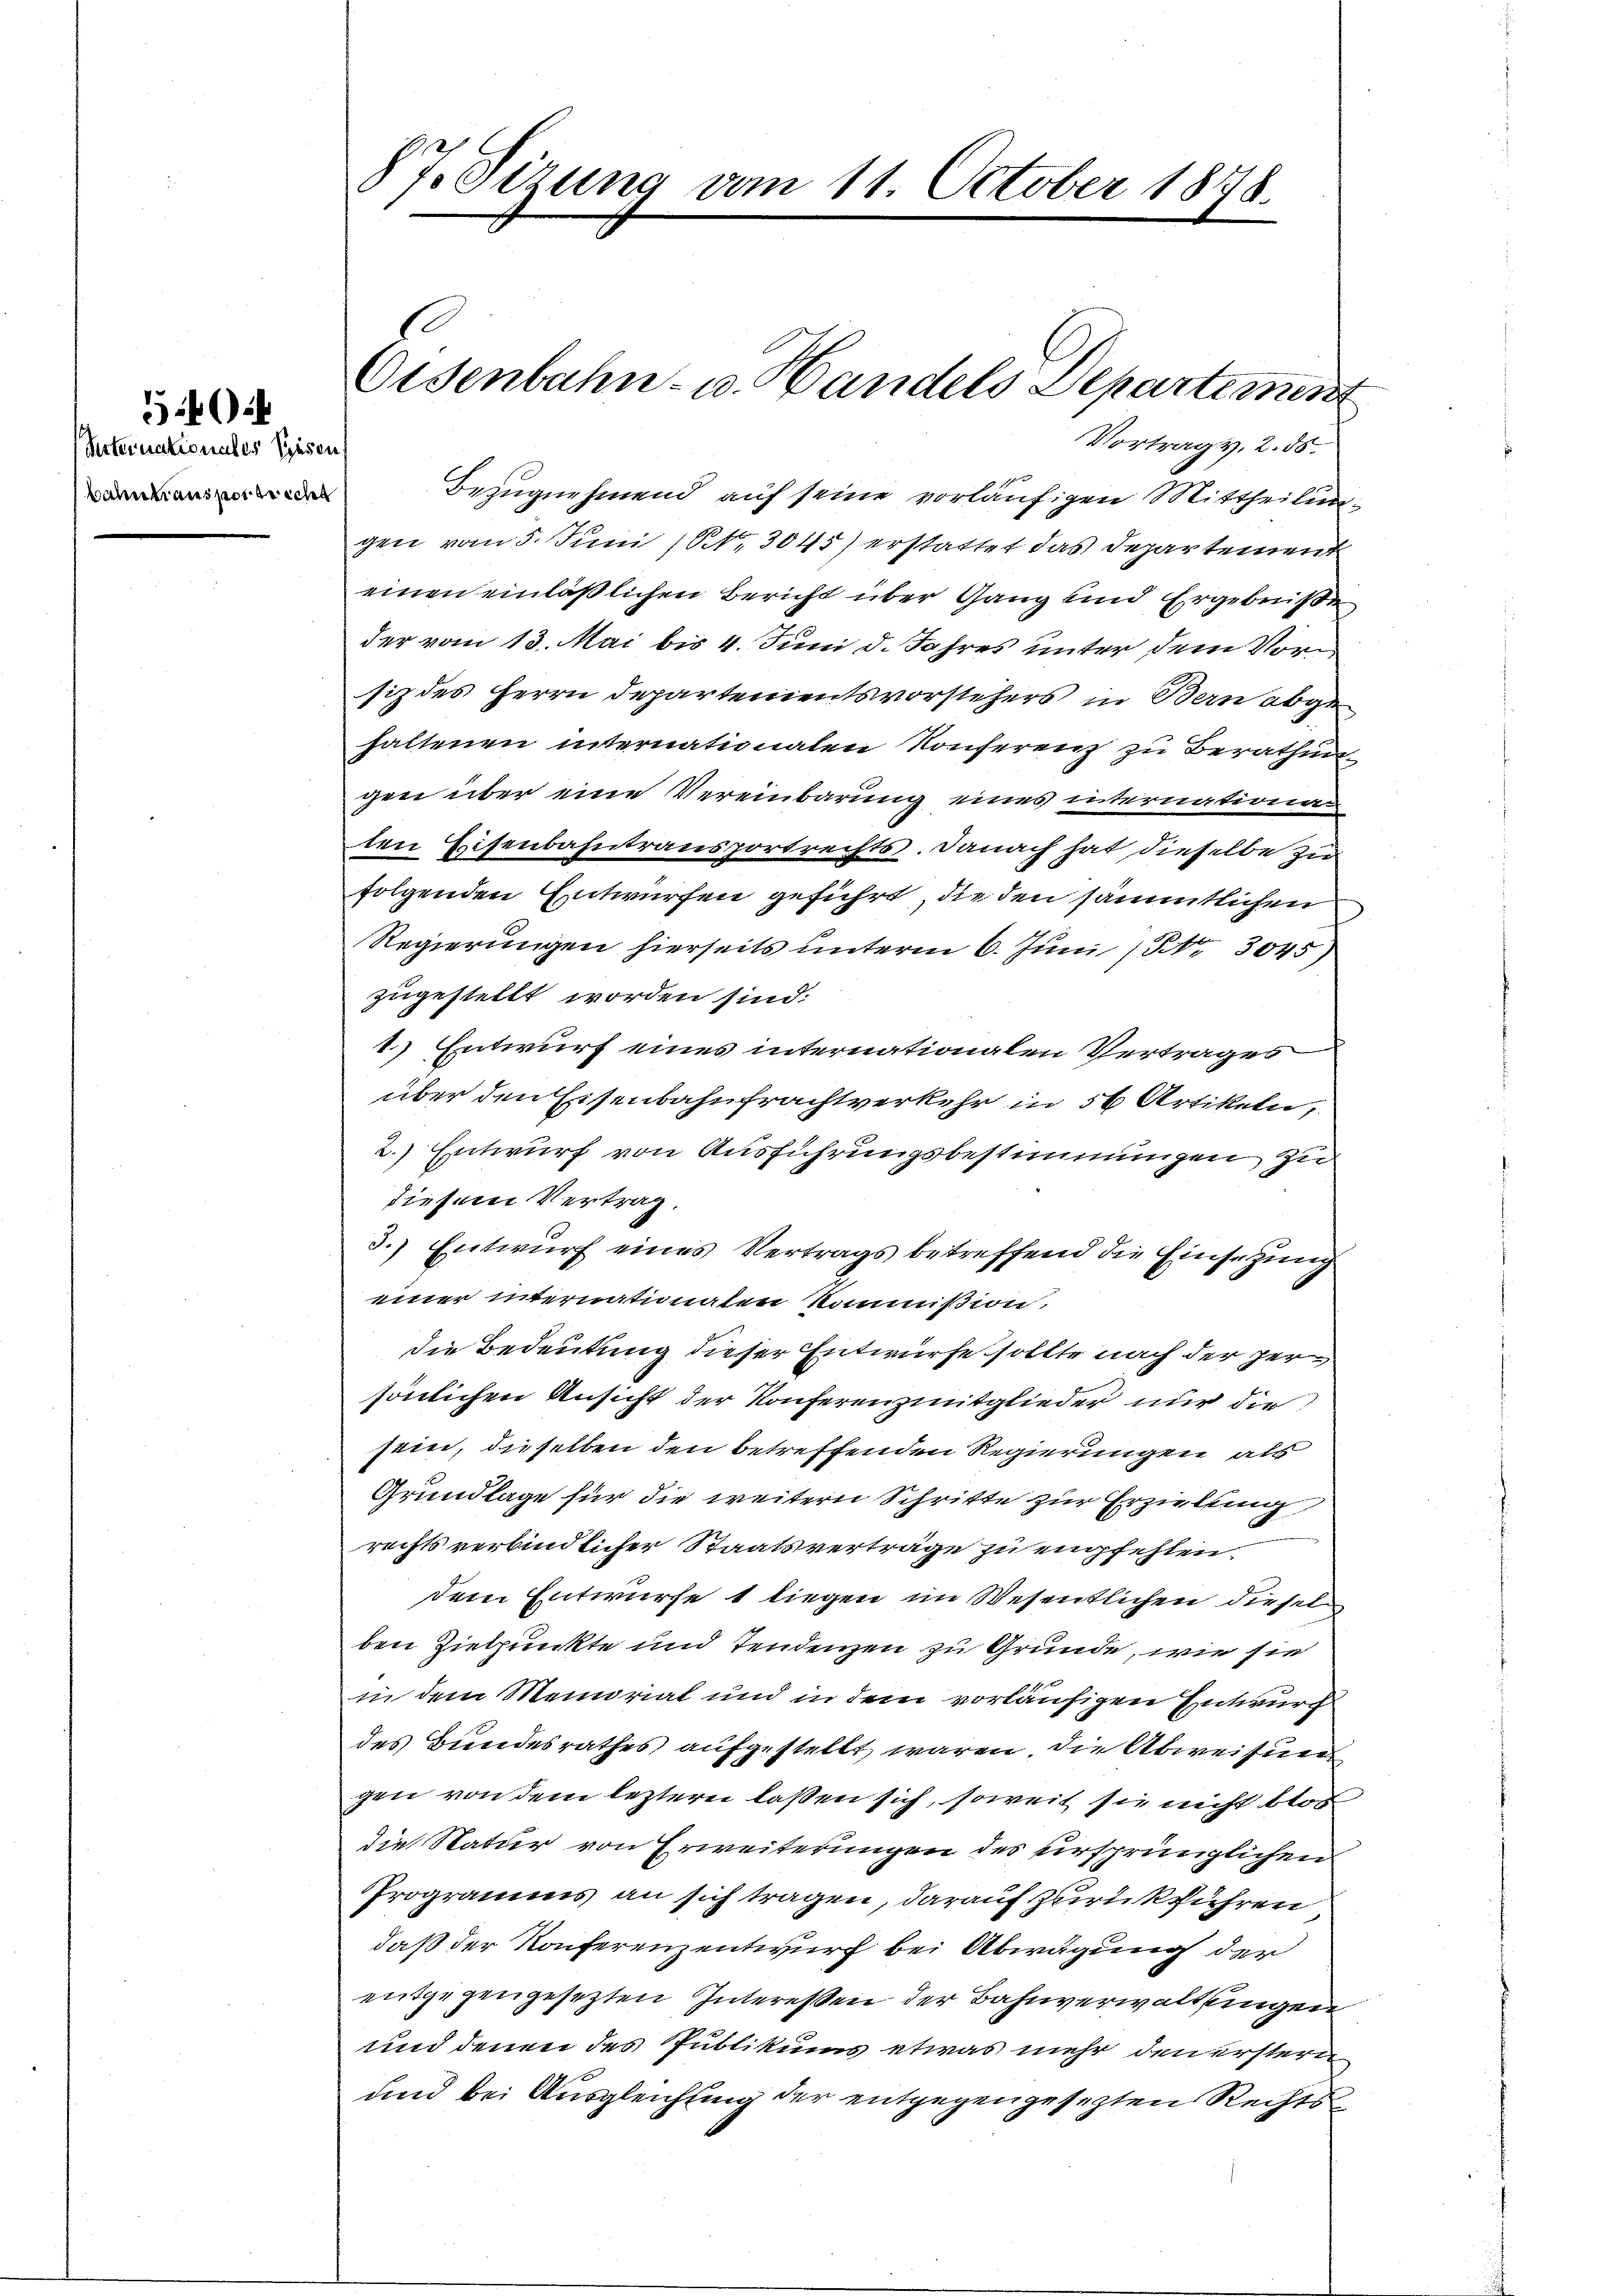
Arternationales diesen
bahntransporrecht

5

Bezugnehmend auf seine vorläufigen Mittheilungen vom 5. Juni (St. 3045) erstattet das Departement
einen einläßlichen Bericht über Gang und Ergebniße
der vom 13. Mai bis 4. Juni d. Jahres unter dem Vorsiz des Herrn Departementsvorstehers in Bern abgehaltenen internationalen Konferenz zu Berathungen über eine Vereinbarung eines internationen
ten Eisenbahntransportrechts. Danach hat dieselbe zu
folgenden Entwürfen geführt, die den sämmtlichen
Regierungen hierseits unterm 6. Juni (Nr. 3045)
zugestellt worden sind:
4) Entwurf eines internationalen Vertrages
über den Eisenbahnfrachtverkehr in 56 Artikeln,
2.) Entwurf von Ausführungsbestimmungen zu
diesem Vertrag.
3.) Entwurf eines Vertrags betreffend die Einsetzung
einer internationalen Kommißion,
die Bedeutung dieser Entwurfe sollte nach der zersönlichen Ansicht der Konferenzeitglieder nur die
sein, dieselben den betreffenden Regierungen als
Grundlage für die weitern Schritte zur Erzielung
rechts verbindlicher Staatsverträge zu empfehlen.
dem Entwurfe 1 liegen im Wesentlichen diesel
ben Zielpunkte und Tendenzen zu Grunde, wie sie
in dem Memorial und in dem vorläufigen Entwurf
des Bundesrathes aufgestellt waren. Die Abweisung
gen von dem leztern laßen sich, soweit sie nicht blos
die Natur von Erweiterungen des ursprünglichen
Programms an sich tragen, darauf Zurückführen
daß der Konferenzentwurf bei Abwägung der
entgegengesetzten Interessen der Bahnverwaltungen
und denen des Publikums etwas mehr den erstern
und bei Ausgleichung der entgegengesezten Rechts¬

87. Sizung vom 11. October 1848.

C
Oisenbahn- u. Handels Departement
Vortrag v. 2. 55.